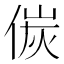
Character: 𠋌